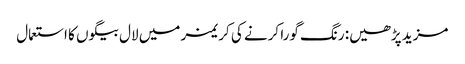
مزید پڑھیں: رنگ گورا کرنے کی کریمز میں لال بیگوں کا استعمال